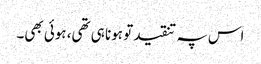
اس پہ تنقید تو ہونا ہی تھی، ہوئی بھی۔